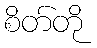
စိတ်တို